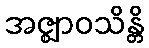
အဇ္ဈာဝသိန္တိ